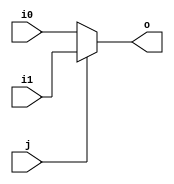
module mux2 (input wire i0, i1, j, output wire o);
  assign o = (j==0)?i0:i1;
endmodule

module mux4 (input wire [0:3]a, input wire s1, s0, output wire o);
  wire  p, q;
  
	mux2 m1(a[0], a[1], s0, p);
	mux2 m2(a[2], a[3], s0, q);
	mux2 m3(p, q, s1, o);

endmodule